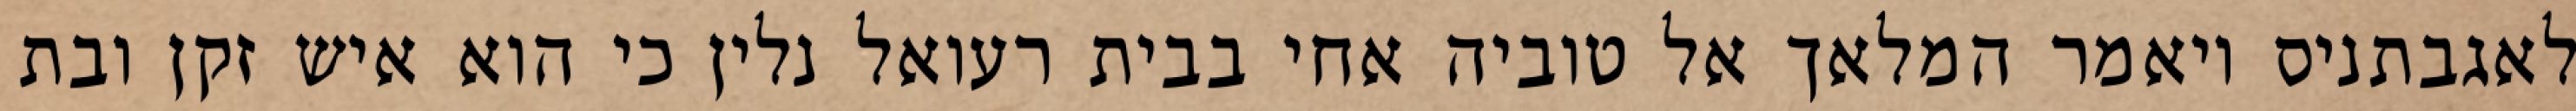
לאגבתניס ויאמר המלאך אל טוביה אחי בבית רעואל נלין כי הוא איש זקן ובת